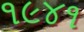
૧૯૪૧